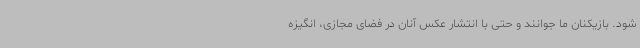
شود. بازیکنان ما جوانند و حتی با انتشار عکس آنان در فضای مجازی، انگیزه